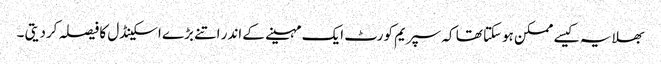
بھلا یہ کیسے ممکن ہوسکتا تھا کہ سپریم کورٹ ایک مہینے کے اندر اتنے بڑے اسکینڈل کا فیصلہ کردیتی ۔